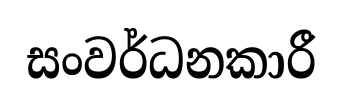
සංවර්ධනකාරී